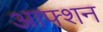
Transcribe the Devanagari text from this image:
आफ्शन